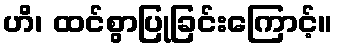
ဟိ၊ ထင်စွာပြုခြင်းကြောင့်။